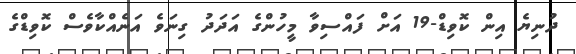
ދުނިޔެ އިން ކޮވިޑް-19 އަށް ފައްސިވާ މީހުންގެ އަދަދު ގިނަވެ އަނެއްކާވެސް ކޮވިޑްގެ